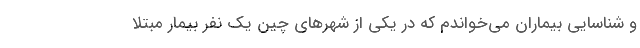
و شناسایی بیماران می‌خواندم که در یکی از شهرهای چین یک نفر بیمار مبتلا